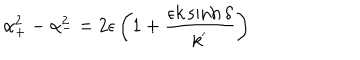
\alpha _ { + } ^ { 2 } - \alpha _ { - } ^ { 2 } = 2 \epsilon \left( 1 + \frac { \epsilon k \sinh \delta } { k ^ { ' } } \right)